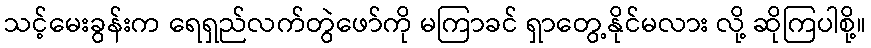
သင့်မေးခွန်းက ရေရှည်လက်တွဲဖော်ကို မကြာခင် ရှာတွေ့နိုင်မလား လို့ ဆိုကြပါစို့။